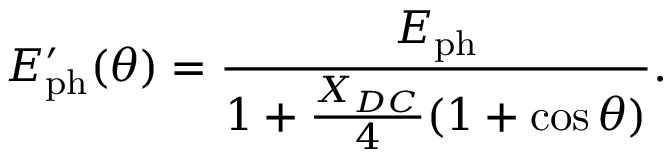
E _ { \mathrm { p h } } ^ { \prime } ( \theta ) = \frac { E _ { \mathrm { p h } } } { 1 + \frac { X _ { D C } } { 4 } ( 1 + \cos \theta ) } .